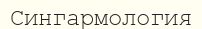
Сингармология